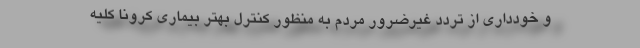
و خودداری از تردد غیرضرور مردم به منظور کنترل بهتر بیماری کرونا کلیه